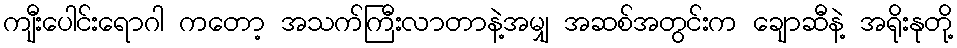
ကျီးပေါင်းရောဂါ ကတော့ အသက်ကြီးလာတာနဲ့အမျှ အဆစ်အတွင်းက ချောဆီနဲ့ အရိုးနုတို့